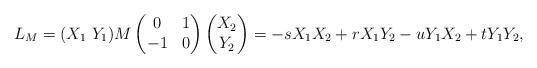
LaTeX: \begin{align*}L_M = (X_1\ Y_1)M\begin{pmatrix}0&1\\-1&0\end{pmatrix}\begin{pmatrix}X_2\\Y_2\end{pmatrix} = -s X_1X_2 + r X_1Y_2 - u Y_1X_2 + t Y_1Y_2,\end{align*}